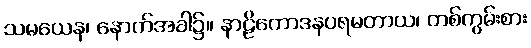
သမယေန၊ နောက်အခါ၌။ နာဠိကောဒနပရမတာယ၊ တစ်ကွမ်းစား